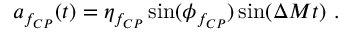
a _ { f _ { C P } } ( t ) = \eta _ { f _ { C P } } \sin ( \phi _ { f _ { C P } } ) \sin ( \Delta M t ) ~ .